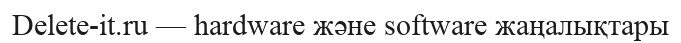
Delete-it.ru — hardware және software жаңалықтары